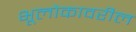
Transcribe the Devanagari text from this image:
भूलोकावरील